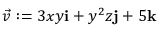
{ \vec { v } } : = 3 x y \mathbf { i } + y ^ { 2 } z \mathbf { j } + 5 \mathbf { k }